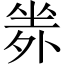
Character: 𡎦